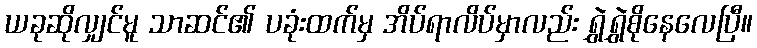
ယခုဆိုလျှင်မူ သာဆင်၏ ပခုံးထက်မှ အိပ်ရာလိပ်မှာလည်း ရွှဲရွှဲစိုနေလေပြီ။